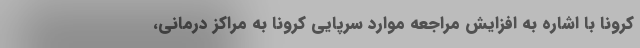
کرونا با اشاره به افزایش مراجعه موارد سرپایی کرونا به مراکز درمانی،